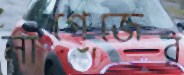
লাগেজের